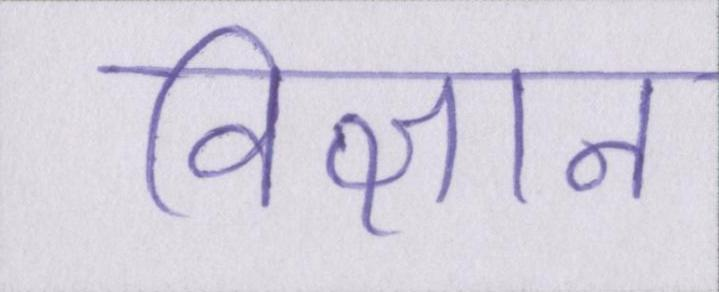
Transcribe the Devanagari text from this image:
विज्ञान